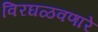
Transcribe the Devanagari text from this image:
विरघळवणारे